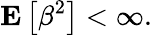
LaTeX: {\mathbf E}\left[\beta^{2}\right]<\infty.